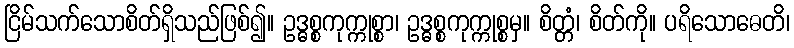
ငြိမ်သက်သောစိတ်ရှိသည်ဖြစ်၍။ ဥဒ္ဓစ္စကုက္ကုစ္စာ၊ ဥဒ္ဓစ္စကုက္ကုစ္စမှ။ စိတ္တံ၊ စိတ်ကို။ ပရိသောဓေတိ၊